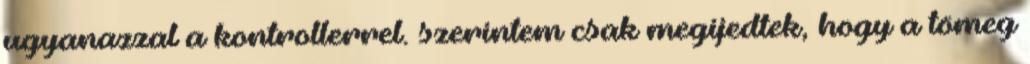
ugyanazzal a kontrollerrel. szerintem csak megijedtek, hogy a tömeg